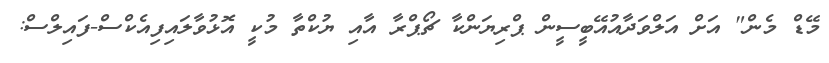
މޭޑް މެން" އަށް އަލްވަދާއުއޭބީސީން ޕްރިޔަންކާ ޗޯޕްރާ އާއި ޔުކްތާ މުކީ އޮޅުވާލައިފިއެކްސް-ފައިލްސް: